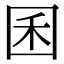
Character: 囷